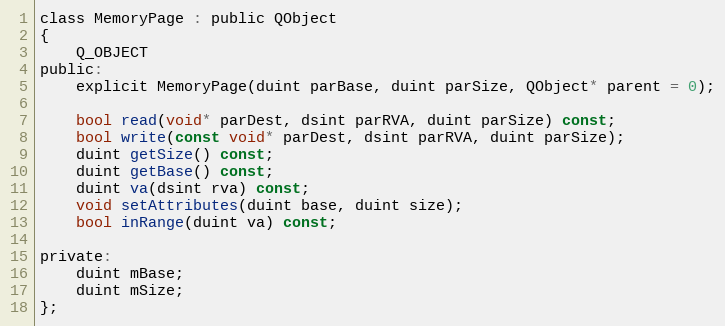
Language: C
class MemoryPage : public QObject
{
    Q_OBJECT
public:
    explicit MemoryPage(duint parBase, duint parSize, QObject* parent = 0);

    bool read(void* parDest, dsint parRVA, duint parSize) const;
    bool write(const void* parDest, dsint parRVA, duint parSize);
    duint getSize() const;
    duint getBase() const;
    duint va(dsint rva) const;
    void setAttributes(duint base, duint size);
    bool inRange(duint va) const;

private:
    duint mBase;
    duint mSize;
};